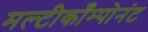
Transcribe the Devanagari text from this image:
मल्टीकाँम्पोनंट